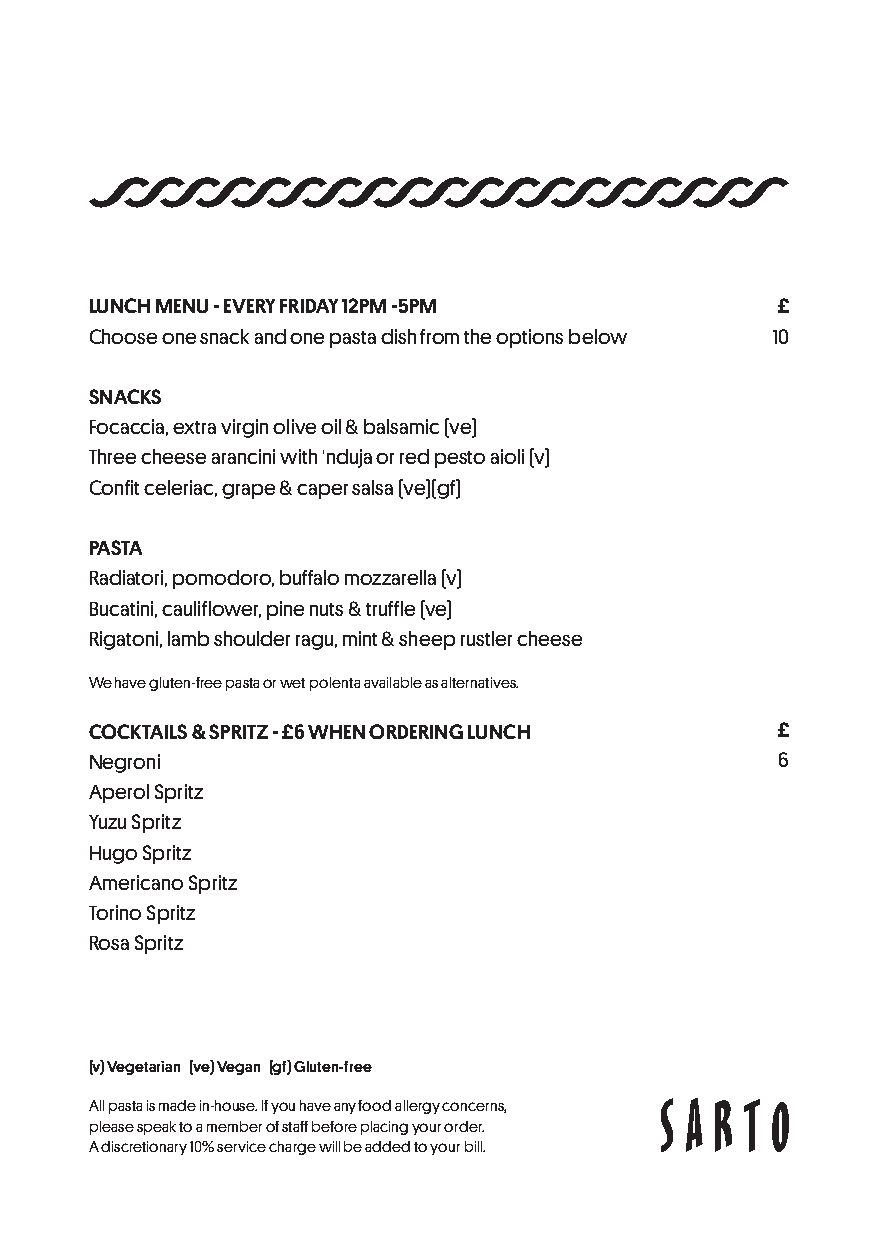
LUNCH MENU - EVERY FRIDAY 12PM -5PM          £            LUNCH MENU - EVERY FRIDAY 12PM -5PM           £
 Choose one snack and one pasta dish from the options below 10 Choose one snack and one pasta dish from the options below 10
 SNACKS                                                    SNACKS
 Focaccia, extra virgin olive oil & balsamic (ve)          Focaccia, extra virgin olive oil & balsamic (ve)
 Three cheese arancini with 'nduja or red pesto aioli (v)  Three cheese arancini with 'nduja or red pesto aioli (v)
 Confit celeriac, grape & caper salsa (ve)(gf)             Confit celeriac, grape & caper salsa (ve)(gf)
 PASTA                                                     PASTA
 Radiatori, pomodoro, buffalo mozzarella (v)               Radiatori, pomodoro, buffalo mozzarella (v)
 Bucatini, cauliflower, pine nuts & truffle (ve)           Bucatini, cauliflower, pine nuts & truffle (ve)
 Rigatoni, lamb shoulder ragu, mint & sheep rustler cheese Rigatoni, lamb shoulder ragu, mint & sheep rustler cheese
 We have gluten-free pasta or wet polenta available as alternatives. We have gluten-free pasta or wet polenta available as alternatives.
 COCKTAILS & SPRITZ - £6 WHEN ORDERING LUNCH  £            COCKTAILS & SPRITZ - £6 WHEN ORDERING LUNCH   £
 Negroni                                       6           Negroni                                       6
 Aperol Spritz                                             Aperol Spritz
 Yuzu Spritz                                               Yuzu Spritz
 Hugo Spritz                                               Hugo Spritz
 Americano Spritz                                          Americano Spritz
 Torino Spritz                                             Torino Spritz
 Rosa Spritz                                               Rosa Spritz
 (v) Vegetarian (ve) Vegan (gf) Gluten-free                (v) Vegetarian (ve) Vegan (gf) Gluten-free
 All pasta is made in-house. If you have any food allergy concerns, All pasta is made in-house. If you have any food allergy concerns,
 please speak to a member of staff before placing your order. please speak to a member of staff before placing your order.
 A discretionary 10% service charge will be added to your bill. A discretionary 10% service charge will be added to your bill.